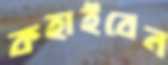
কহাইবেন